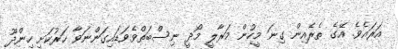
އަރައެވެ. އޭގެ ތެރެއިން ގިނަ މީހުން މަރާލީ މޯދީ ނިސްބަތްވެވަޑައިގަންނަވާ ހަރުކަށި ހިންދޫ